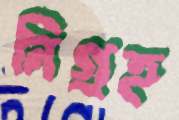
নিগ্রহ